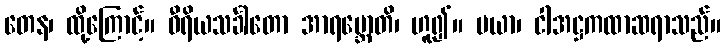
တေန၊ ထို့ကြောင့်။ ဝီရိယသင်္ခါတော အာရမ္ဘောတိ၊ ဟူ၍။ မယာ၊ ငါအဋ္ဌကထာဆရာသည်။